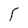
Character: r